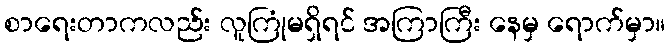
စာရေးတာကလည်း လူကြုံမရှိရင် အကြာကြီး နေမှ ရောက်မှာ။